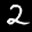
Label: 2